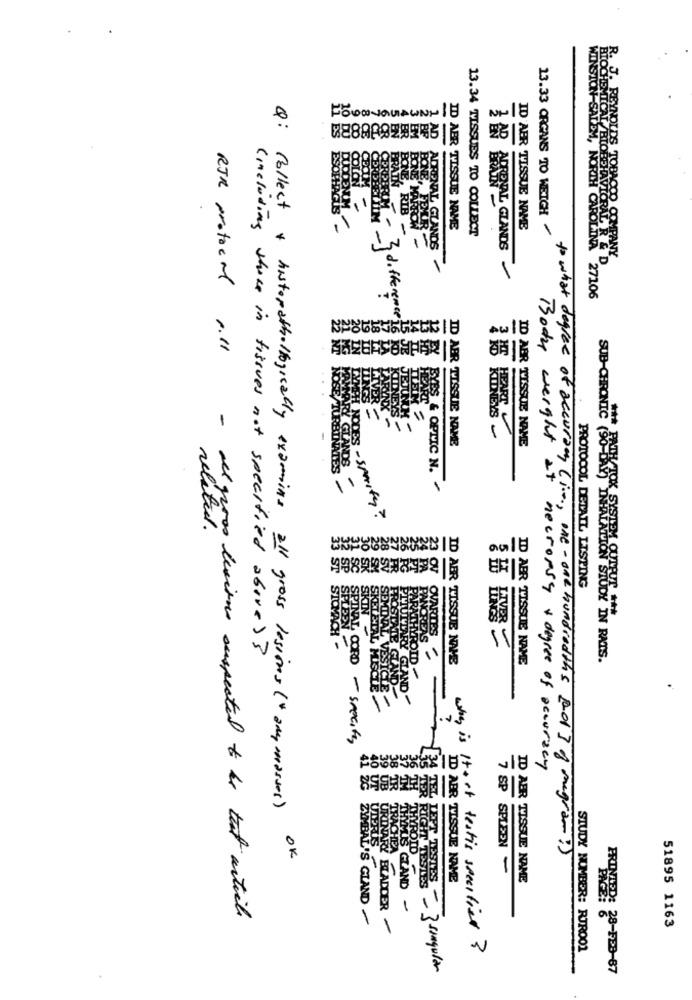
FOROVOUAWANIU
10
ES
ER
5 EN
Q: collect
-
RIB
ID ABR TISSUE NAME
13.34 TISSUES TO COLLECT
IO AER TISSUE NAME
13.33 ORGANS TO WEICH
ADRENAL GLANDS
BIOCHEMICAL /BIOBEHAVIORAL R & D
J. REYNOLDS TOBACCO COMPANY
WINSTON -SALEM, NORTH CAROLINA 27106
M - 3 differences
Aw 1B
RJR protocol 0.1l
-
SUB-CHRONIC
1
ONEYS
HEART
ID ABR TISSUE NAME
ID ABR TISSUE NAME
TES
Y GLANDS
CES & OPTIC N.
NODES - sparty?
24
23
6 Pe
5 PT
PROTOCOL DETAIL LISTING
ACH
TES
( including those in tissues not specified above) ?
ID AER TISSUE NAME
IC (90-LI) HALATION STUDY IN RATS.
ID ABR TISSUE NAME
NOORD - Specify
38
Body weight at necropsy & degree of accuracy
41 ž6
to what degree of accuracy (i.e ., one - one hundredths Rol ] of megram!)
* histopathollogically examine all gross lesions (+ any masses)
THYROID
SP SPLEEN -
ID ABR TISSUE NAME
ID AER TISSUE NAME
LES TER RIGHT TESTES
THEMIS GLAND -
- all gross besitos suspected to be tut article
CYMBAL'S CLAND
GARY BLADDER
51895 1163
why is Itant testis specified?
STUDY NUMBER: RJROO1
TEXT TESTES - singular
PRINTED: 28-F23-67